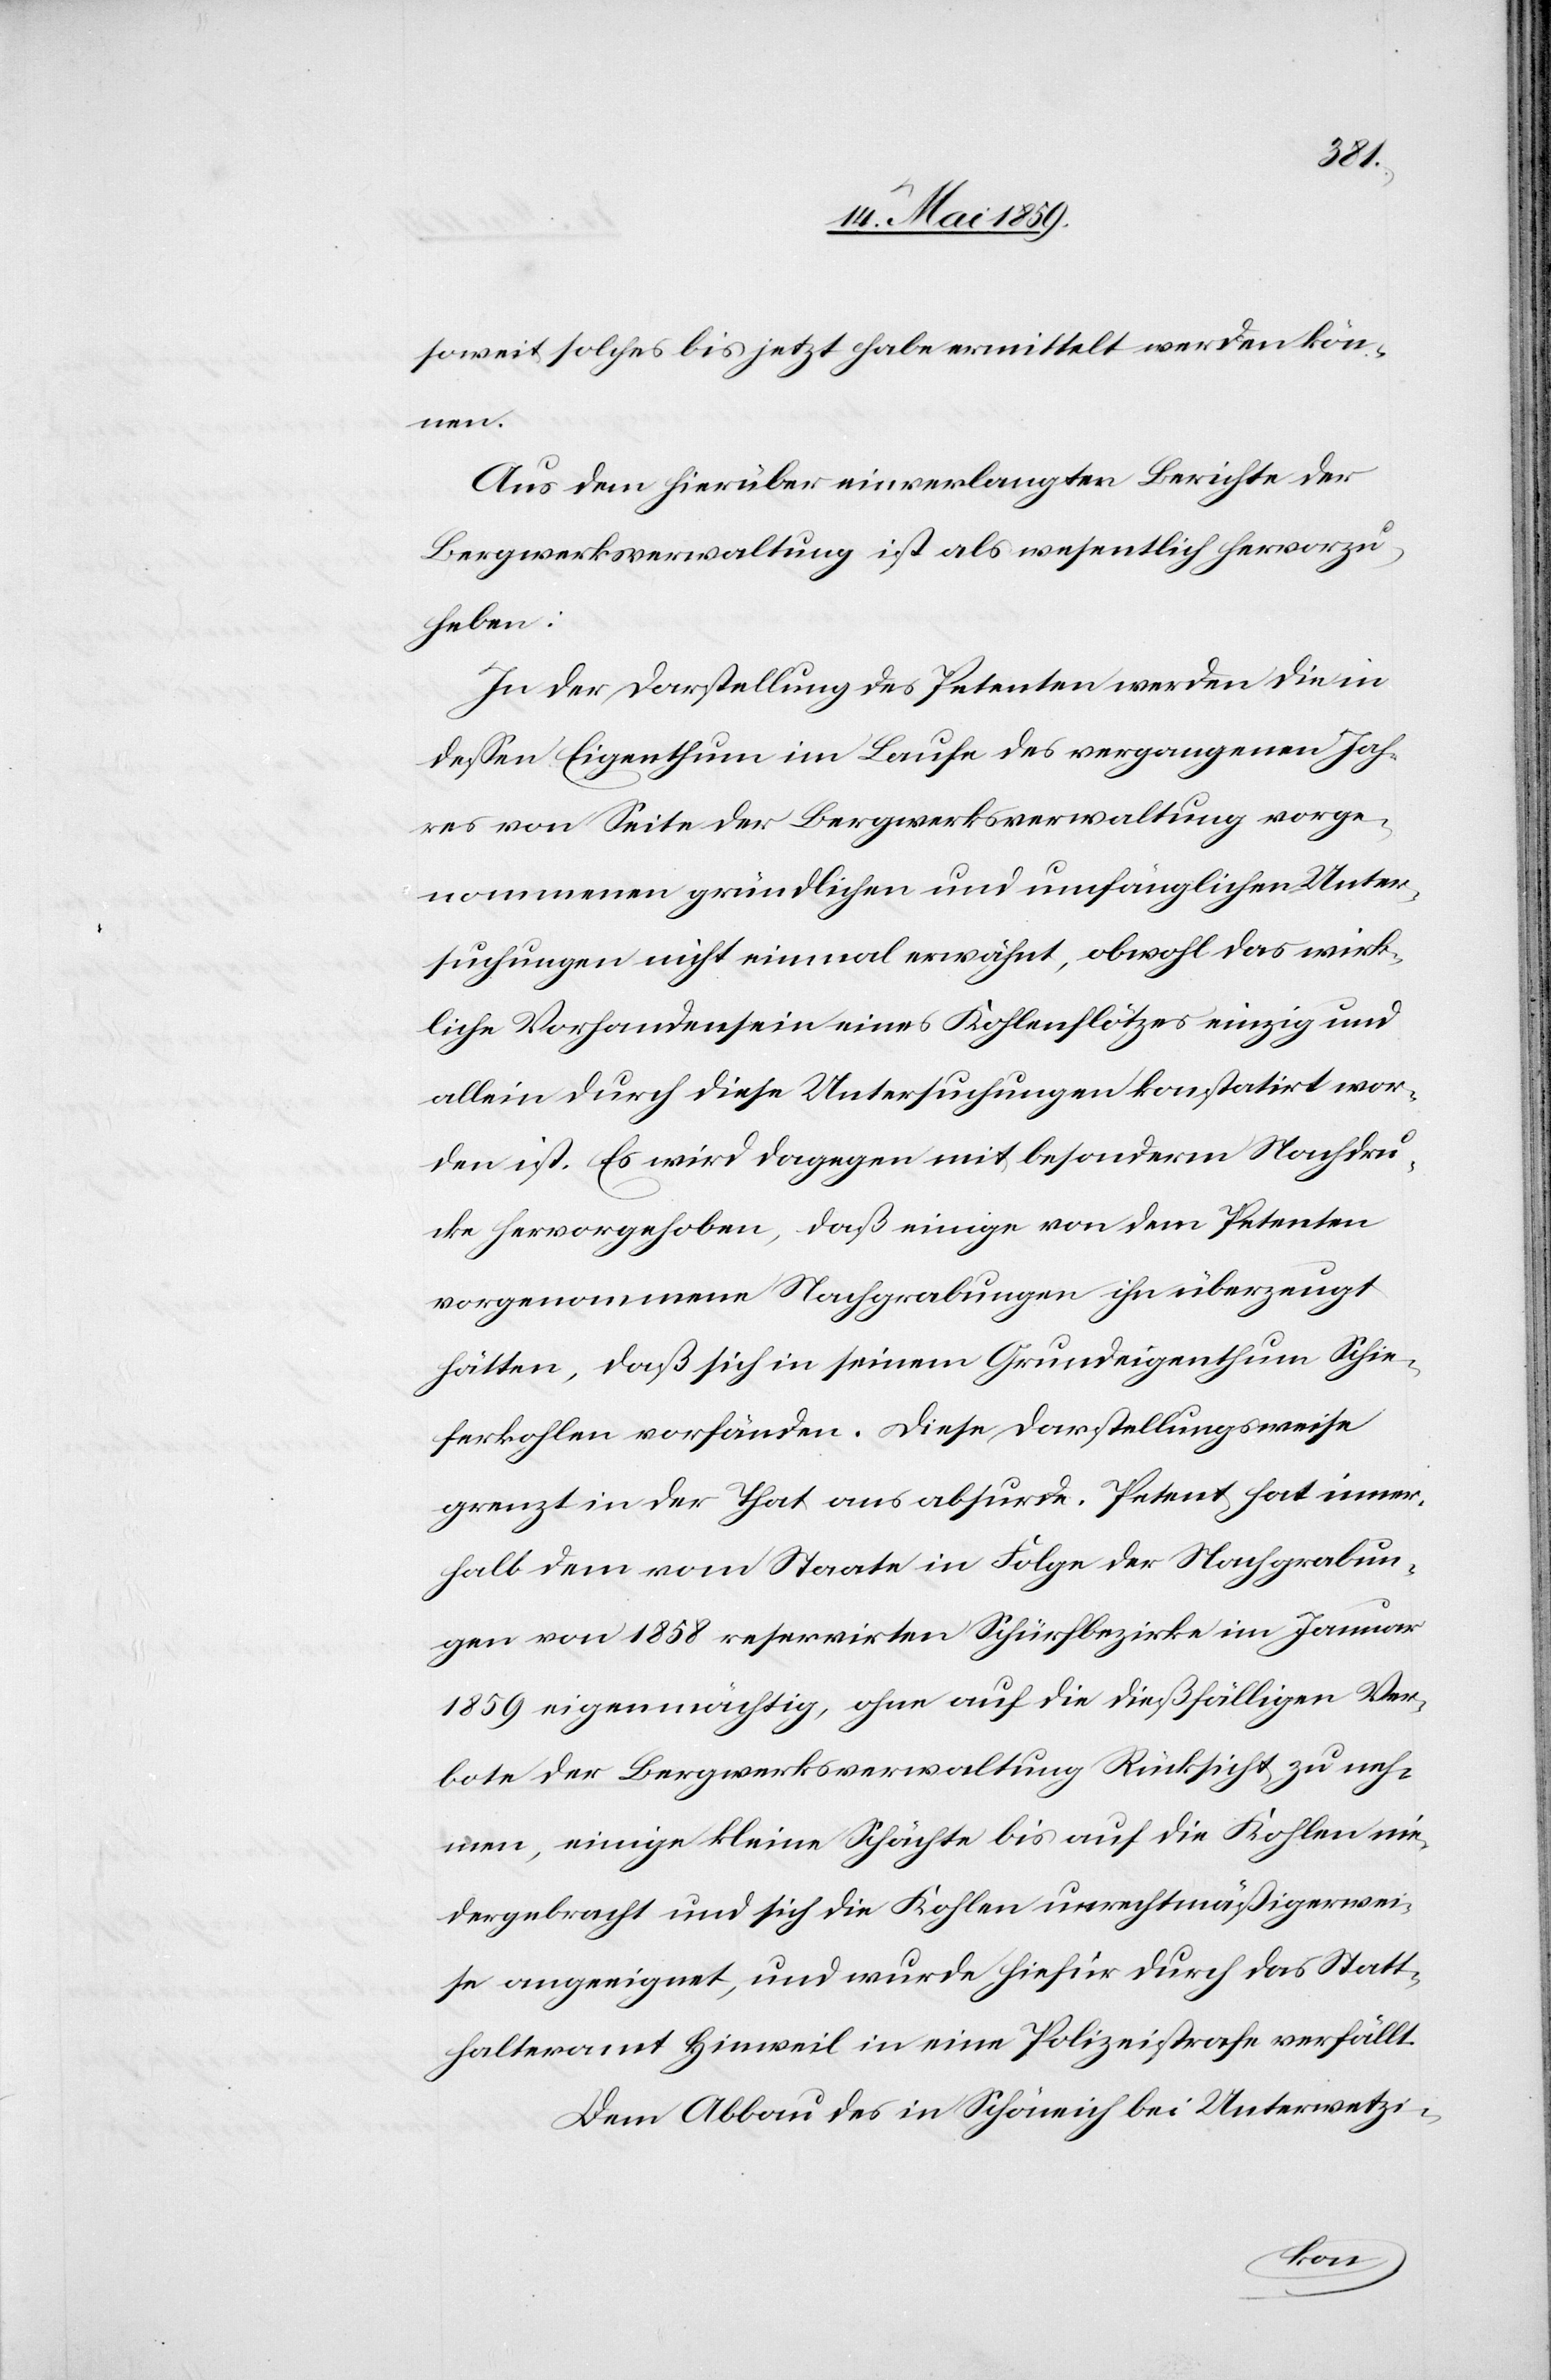
soweit solches bis jetzt habe ermittelt werden kön¬
nen.
Aus dem hierüber einverlangten Berichte der
Bergwerkverwaltung ist als wesentlich hervorzu¬
heben:
In der Darstellung des Petenten werden die in
deßen Eigenthum im Laufe des vergangenen Jah¬
res von Seite der Bergwerksverwaltung vorge¬
nommenen gründlichen und umfänglichen Unter¬
suchungen nicht einmal erwähnt, obwohl das wirk¬
liche Vorhandensein eines Kohlenflötzes einzig und
allein durch diese Untersuchungen konstatirt wor¬
den ist. Es wird dagegen mit besonderm Nachdru¬
cke hervorgehoben, daß einige von dem Petenten
vorgenommene Nachgrabungen ihn überzeugt
hätten, daß sich in seinem Grundeigenthum Schie¬
ferkohlen vorfänden. Diese Darstellungsweise
grenzt in der That ans absurde. Petent hat inner¬
halb dem vom Staate in Folge der Nachgrabun¬
gen von 1858 reservirten Schürfbezirke im Januar
1859 eigenmächtig, ohne auf die dießfälligen Ver¬
bote der Bergwerksverwaltung Rücksicht zu neh¬
men, einige kleine Schächte bis auf die Kohlen nie¬
dergebracht und sich die Kohlen unrechtmäßigerwei¬
se angeeignet, und wurde hiefür durch das Statt¬
halteramt Hinweil in eine Polizeistrafe verfällt.
Dem Abbau des in Schöneich bei Unterwetzi-